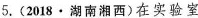
5.(2018·湖南湘西)在实验室